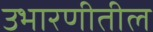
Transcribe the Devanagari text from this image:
उभारणीतील